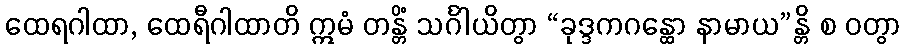
ထေရဂါထာ, ထေရီဂါထာတိ ဣမံ တန္တိံ သင်္ဂါယိတွာ “ခုဒ္ဒကဂန္ထော နာမာယ”န္တိ စ ဝတွာ